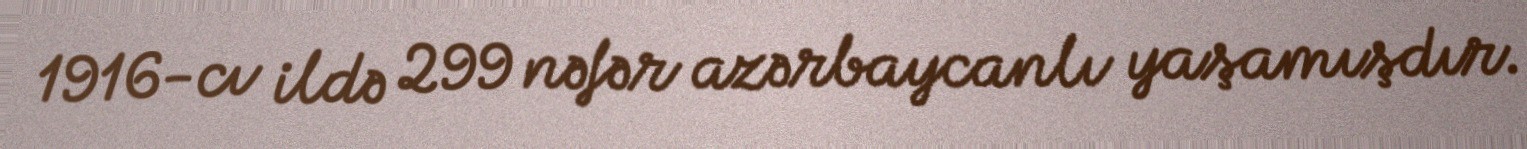
1916-cı ildə 299 nəfər azərbaycanlı yaşamışdır.